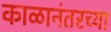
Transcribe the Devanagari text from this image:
काळानंतरच्या